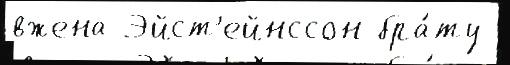
вжена Эйст'ейнссон бра́ту